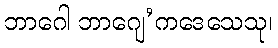
ဘာဂေါ ဘာဂျေ’ကဒေသေသု၊